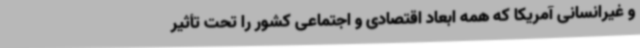
و غیرانسانی آمریکا که همه ابعاد اقتصادی و اجتماعی کشور را تحت تأثیر